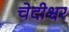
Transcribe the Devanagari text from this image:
चेदीश्वर